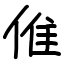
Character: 倠